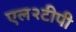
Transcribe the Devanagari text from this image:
एल२टीपी